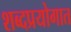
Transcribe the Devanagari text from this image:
शब्दप्रयोगात